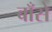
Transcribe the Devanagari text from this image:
बाँसे